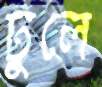
ঢুলে